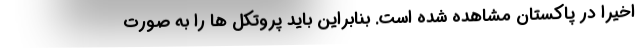
اخیرا در پاکستان مشاهده شده است. بنابراین باید پروتکل ها را به صورت